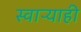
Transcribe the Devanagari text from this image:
स्वाऱ्याही